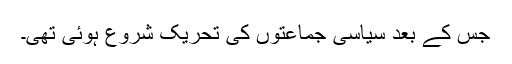
جس کے بعد سیاسی جماعتوں کی تحریک شروع ہوئی تھی۔